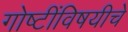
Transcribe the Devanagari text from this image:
गोष्टींविषयीचे